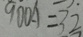
9 0 0 A = 3 2